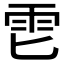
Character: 𱁑